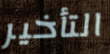
التأخير